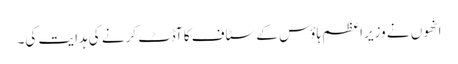
انھوں نے وزیراعظم ہاؤس کے سٹاف کا آڈٹ کرنے کی ہدایت کی۔